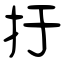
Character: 扜